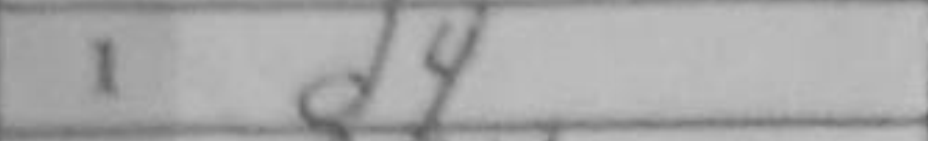
Transcription: d4